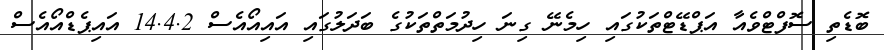
ބޮޑެތި ސޮފްޓްވެއާ އަޕްޑޭޓްތަކުގައި ހިމެނޭ ގިނަ ހިދުމަތްތަކުގެ ބަދަލުގައި އައިއޯއެސް 14.4.2 އައިޕެޑްއޯއެސް